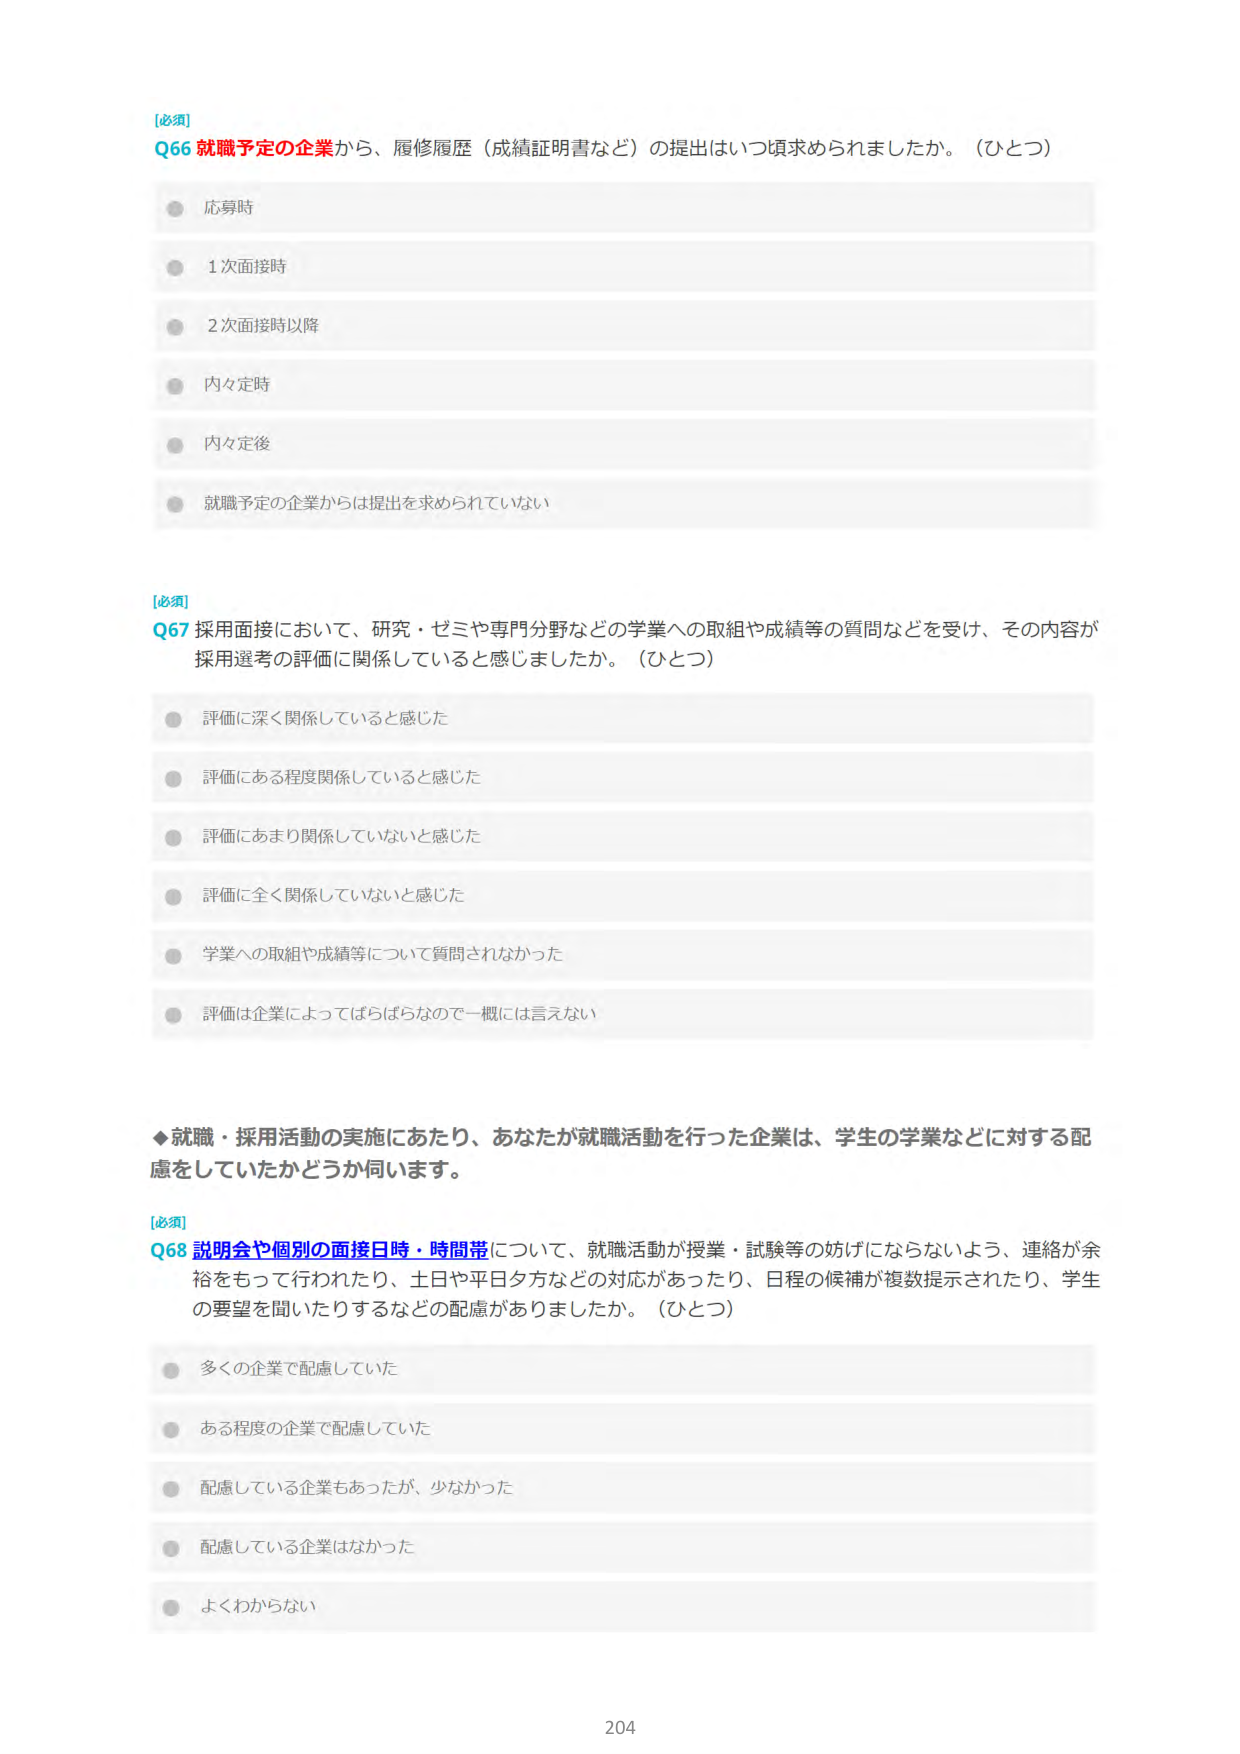
[必須]
Q66 就職予定の企業から、履修履歴（成績証明書など）の提出はいつ頃求められましたか。（ひとつ）
● 応募時
● 1次面接時
● 2次面接時以降
● 内々定時
● 内々定後
● 就職予定の企業からは提出を求められていなぃ

[必須]
Q67 採用面接において、研究・ゼミや専門分野などの学業への取組や成績等の質問などを受け、その内容が採用選考の評価に関係していると感じましたか。（ひとつ）
● 評価に深く関係していると感じた
● 評価にある程度関係していると感じた
● 評価にあまり関係していないと感じた
● 評価に全く関係していないと感じた
● 学業への取組や成績等について質問されなかった
● 評価は企業によってばらばらなので一概には言えない

◆就職・採用活動の実施にあたり、あなたが就職活動を行った企業は、学生の学業などに対する配慮をしていたかどうか伺います。

[必須]
Q68 説明会や個別の面接日時・時間帯について、就職活動が授業・試験等の妨げにならないよう、連絡が余裕をもって行われたり、土日や平日夕方などの対応があったり、日程の候補が複数提示されたり、学生の要望を聞いたりするなどの配慮がありましたか。（ひとつ）
● 多くの企業で配慮していた
● ある程度の企業で配慮していた
● 配慮している企業もあったが、少なかった
● 配慮している企業はなかった
● よくわからない

204